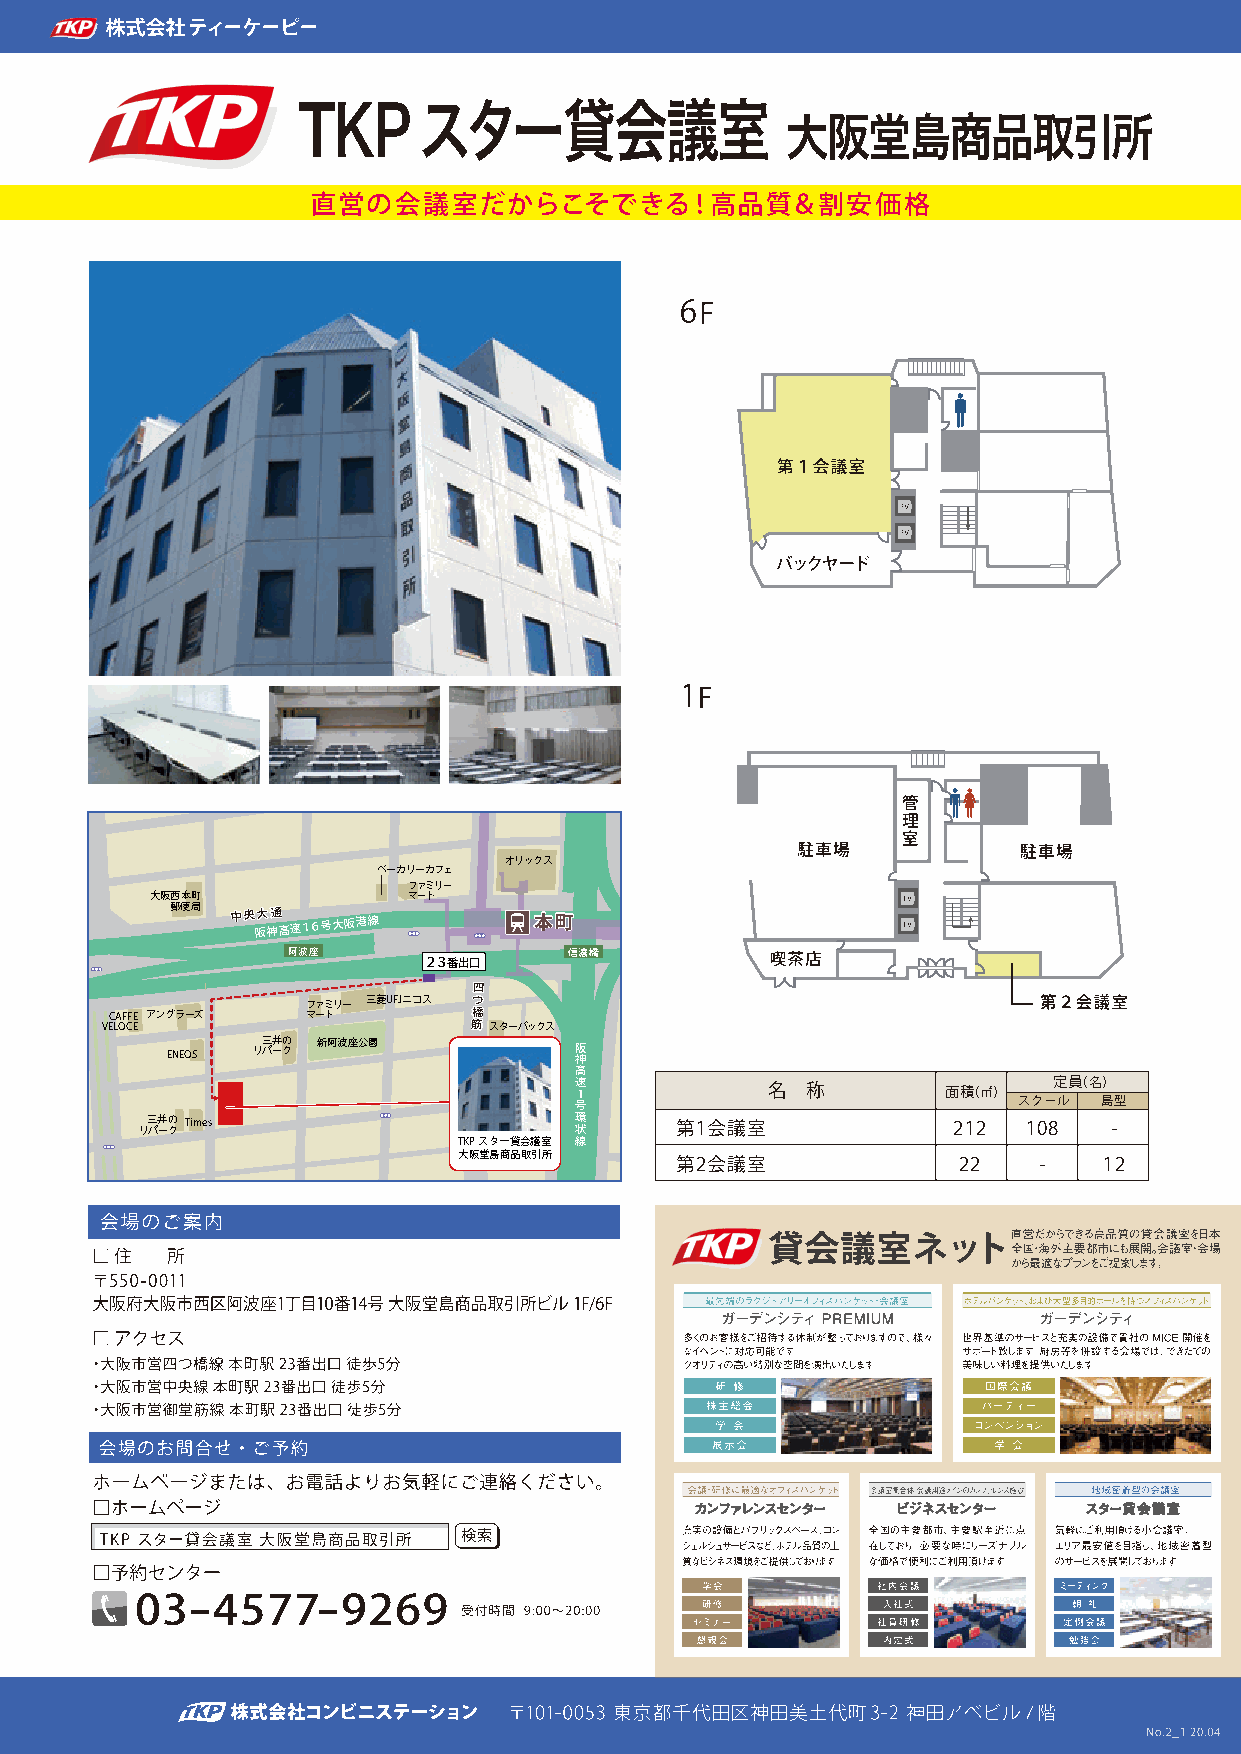
オリックス
 ベーカリーカフェ
 ファミリー
 大阪西本町            マート
 郵便局 中中央央 阪大大 神通通 高速１６号大阪港線 本本町町
 阿波座                信濃橋
 ２３番出口
 四四
 VEC LA OF CFE
 E
 アングラーズ
 フ マァ ーミ トリー 三菱UFJニコス 筋筋橋橋つつ
 スターバックス
 ENEOS
 リ三 パ井 ークの 新阿波座公園     阪
 神
 高
 セブン   速                               定員（名）
 イレブン  １            名 称         面積（㎡）
 号                            スクール  島型
 リ三 パ井 ークの Times              環 状    第1会議室             212  108   -
 TKPスター貸会議室 線
 大阪堂島商品取引所
 第2会議室             22    -   12